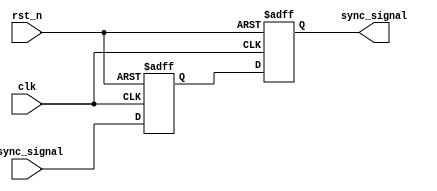
module dual_flip_flop_synchronizer (
    input wire clk,          // Clock signal from the target clock domain
    input wire rst_n,        // Asynchronous active-low reset signal
    input wire async_signal,  // Asynchronous input signal to be synchronized
    output reg sync_signal    // Synchronized output signal
);

// Internal signals for the two flip-flops
reg ff1_out;

// First flip-flop (FF1)
always @(posedge clk or negedge rst_n) begin
    if (!rst_n) begin
        ff1_out <= 1'b0;  // Reset FF1 to known state (0)
    end else begin
        ff1_out <= async_signal;  // Capture the input signal
    end
end

// Second flip-flop (FF2)
always @(posedge clk or negedge rst_n) begin
    if (!rst_n) begin
        sync_signal <= 1'b0;  // Reset FF2 to known state (0)
    end else begin
        sync_signal <= ff1_out;  // Capture the output of FF1
    end
end

endmodule